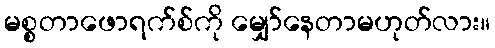
မစ္စတာဖောရက်စ်ကို မျှော်နေတာမဟုတ်လား။